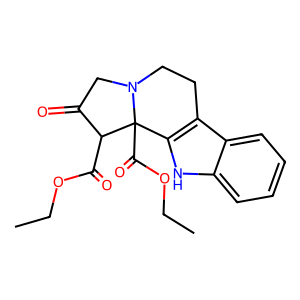
SMILES: CCOC(=O)C1C(=O)CN2CCc3c([nH]c4ccccc34)C12C(=O)OCC
Inhibits HIV replication: No